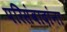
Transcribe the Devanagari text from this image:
परिसंवादांना